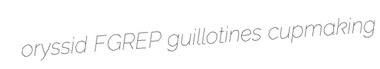
oryssid FGREP guillotines cupmaking